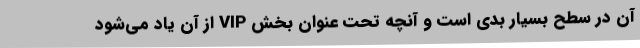
آن در سطح بسیار بدی است و آنچه تحت عنوان بخش VIP از آن یاد می‌شود